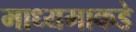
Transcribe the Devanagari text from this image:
माध्यमाकडे